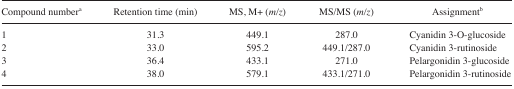
<table><thead><tr><td><b>Compound numbera</b></td><td><b>Retention time (min)</b></td><td><b>MS, M+ (<i>m/z</i>)</b></td><td><b>MS/MS (<i>m/z</i>)</b></td><td><b>Assignmentb</b></td></tr></thead><tbody><tr><td>1</td><td>31.3</td><td>449.1</td><td>287.0</td><td>Cyanidin 3-O-glucoside</td></tr><tr><td>2</td><td>33.0</td><td>595.2</td><td>449.1/287.0</td><td>Cyanidin 3-rutinoside</td></tr><tr><td>3</td><td>36.4</td><td>433.1</td><td>271.0</td><td>Pelargonidin 3-glucoside</td></tr><tr><td>4</td><td>38.0</td><td>579.1</td><td>433.1/271.0</td><td>Pelargonidin 3-rutinoside</td></tr></tbody></table>